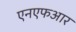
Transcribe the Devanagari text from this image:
एनएफआर